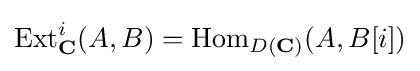
\operatorname {Ext} _{\mathbf {C} }^{i}(A,B)=\operatorname {Hom} _{D({\mathbf {C} })}(A,B[i])